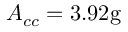
A _ { c c } = 3 . 9 2 \mathrm { { g } }